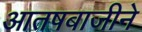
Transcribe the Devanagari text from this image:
आतषबाजीने